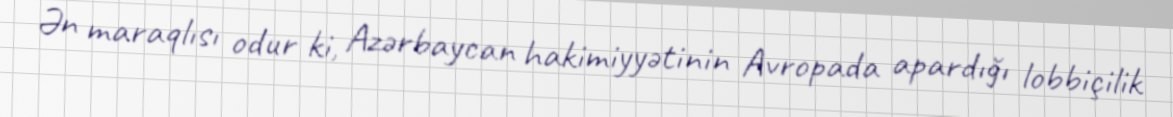
Ən maraqlısı odur ki, Azərbaycan hakimiyyətinin Avropada apardığı lobbiçilik